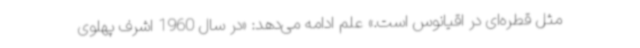
مثل قطره‌ای در اقیانوس است.» علم ادامه می‌دهد: «در سال 1960 اشرف پهلوی